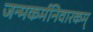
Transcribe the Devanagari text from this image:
जन्मकर्मनिवारकम्